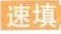
速填